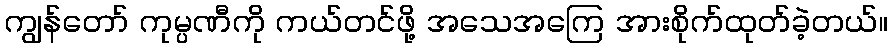
ကျွန်တော် ကုမ္ပဏီကို ကယ်တင်ဖို့ အသေအကြေ အားစိုက်ထုတ်ခဲ့တယ်။